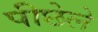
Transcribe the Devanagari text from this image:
पीछेले